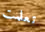
تعلمت